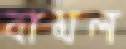
বামল